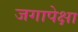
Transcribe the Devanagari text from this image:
जगापेक्षा